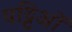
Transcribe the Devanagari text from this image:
पट्टिओं